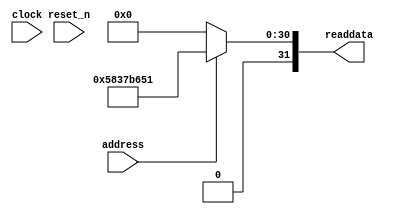
module vectadd_sysid_qsys_0 (
               // inputs:
                address,
                clock,
                reset_n,

               // outputs:
                readdata
             )
;

  output  [ 31: 0] readdata;
  input            address;
  input            clock;
  input            reset_n;

  wire    [ 31: 0] readdata;
  //control_slave, which is an e_avalon_slave
  assign readdata = address ? 1480046161 : 0;

endmodule